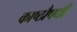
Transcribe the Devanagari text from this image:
काष्ठौषधी